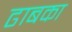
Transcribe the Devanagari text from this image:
ढाबका